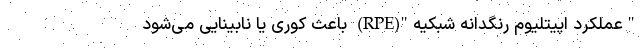
"عملکرد اپیتلیوم رنگدانه شبکیه"(RPE) باعث کوری یا نابینایی می‌شود